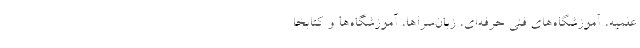
علمیه، آموزشگاه‌های فنی حرفه‌ای، زبان‌سراها، آموزشگاه‌ها و کتابخا